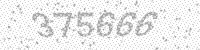
Solution: 375666